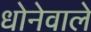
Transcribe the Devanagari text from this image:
धोनेवाले